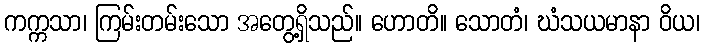
ကက္ကသာ၊ ကြမ်းတမ်းသော အတွေ့ရှိသည်။ ဟောတိ။ သောတံ၊ ဃံသယမာနာ ဝိယ၊